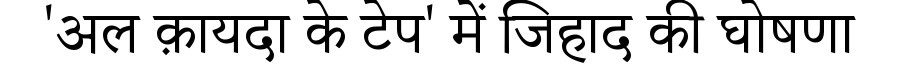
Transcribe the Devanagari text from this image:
'अल क़ायदा के टेप' में जिहाद की घोषणा